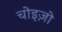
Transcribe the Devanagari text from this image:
चोइज़ो